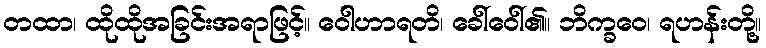
တထာ၊ ထိုထိုအခြင်းအရာဖြင့်။ ဝေါဟာရတိ၊ ခေါ်ဝေါ်၏။ ဘိက္ခဝေ၊ ရဟန်းတို့။